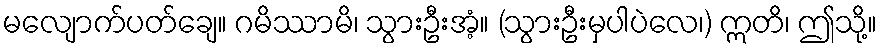
မလျောက်ပတ်ချေ။ ဂမိဿာမိ၊ သွားဦးအံ့။ (သွားဦးမှပါပဲလေ၊) ဣတိ၊ ဤသို့။